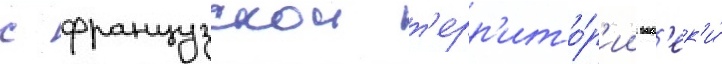
с французскои т'ерр'ито́р'ии вопр'ек'и́